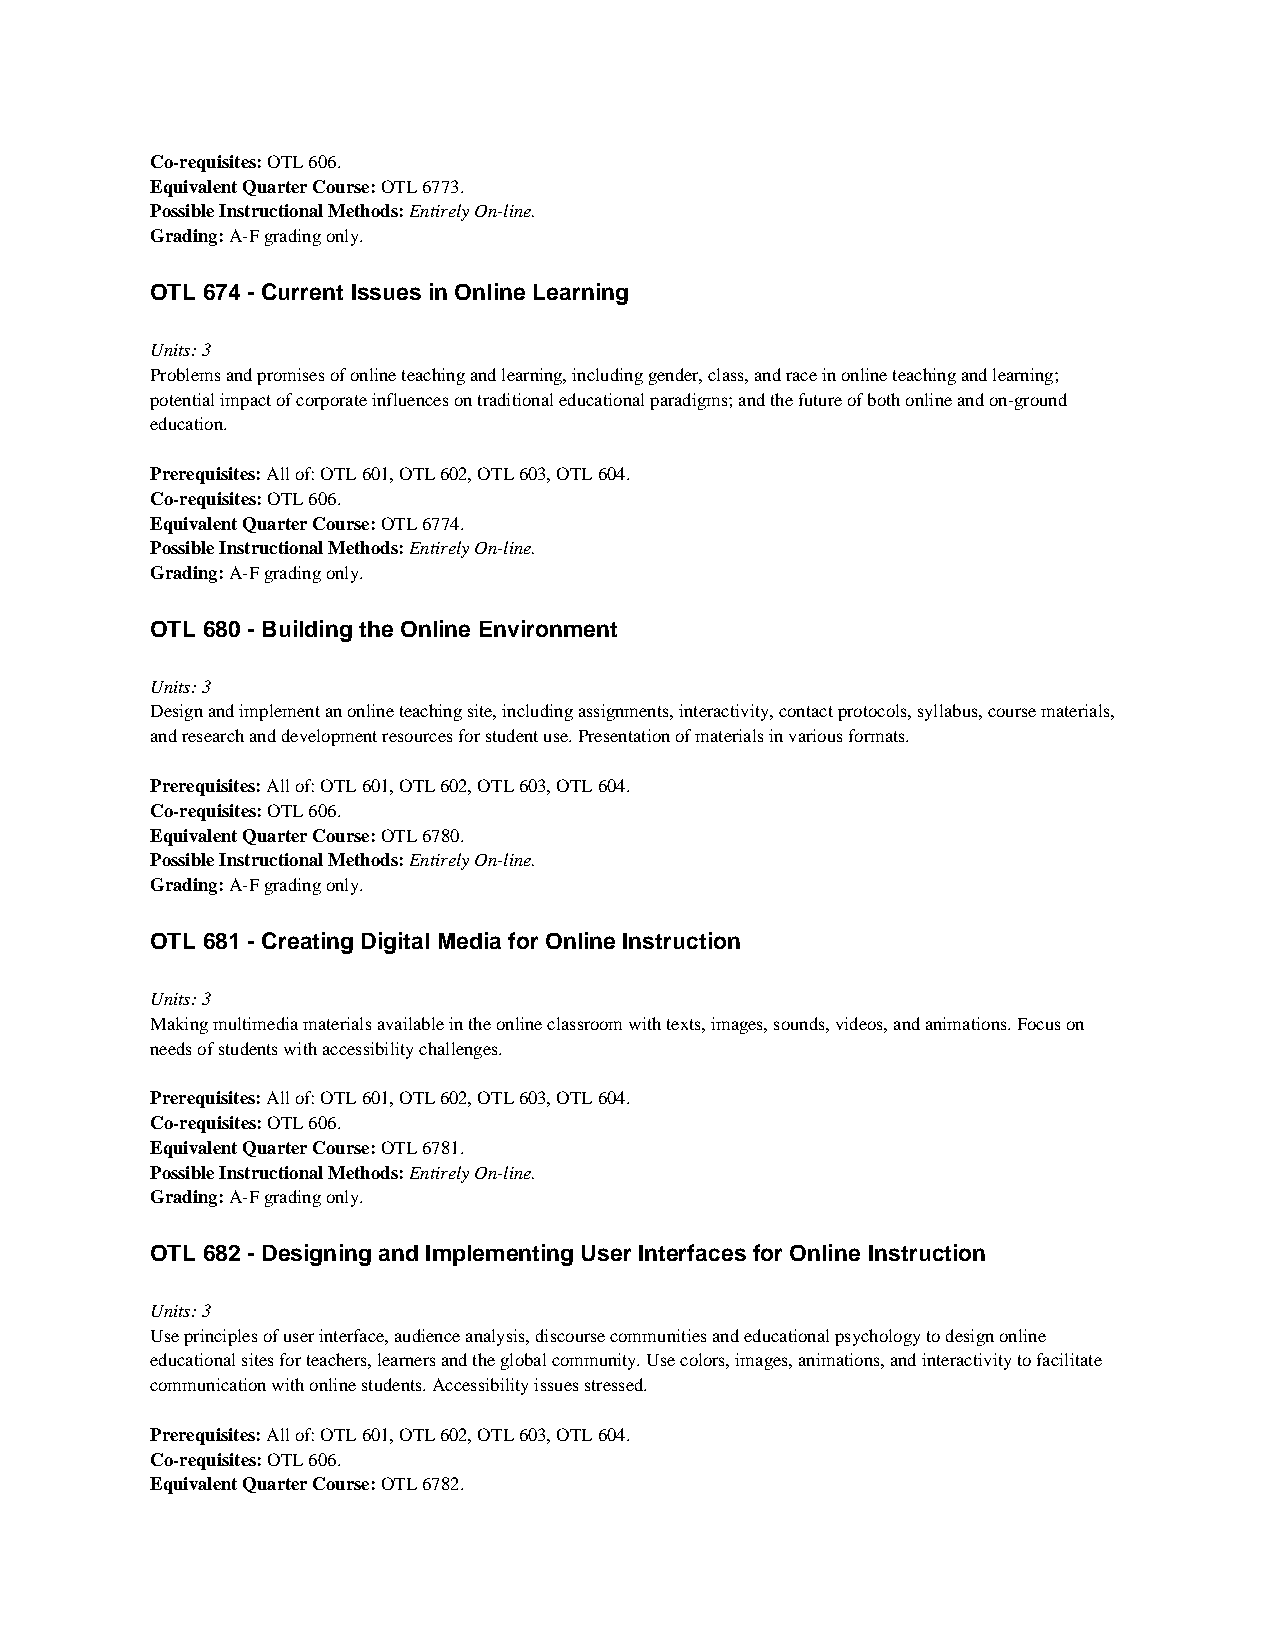
Co-requisites: OTL 606.
 Equivalent Quarter Course: OTL 6773.
 Possible Instructional Methods: Entirely On-line.
 Grading: A-F grading only.
 OTL 674 - Current Issues in Online Learning
 Units: 3
 Problems and promises of online teaching and learning, including gender, class, and race in online teaching and learning;
 potential impact of corporate influences on traditional educational paradigms; and the future of both online and on-ground
 education.
 Prerequisites: All of: OTL 601, OTL 602, OTL 603, OTL 604.
 Co-requisites: OTL 606.
 Equivalent Quarter Course: OTL 6774.
 Possible Instructional Methods: Entirely On-line.
 Grading: A-F grading only.
 OTL 680 - Building the Online Environment
 Units: 3
 Design and implement an online teaching site, including assignments, interactivity, contact protocols, syllabus, course materials,
 and research and development resources for student use. Presentation of materials in various formats.
 Prerequisites: All of: OTL 601, OTL 602, OTL 603, OTL 604.
 Co-requisites: OTL 606.
 Equivalent Quarter Course: OTL 6780.
 Possible Instructional Methods: Entirely On-line.
 Grading: A-F grading only.
 OTL 681 - Creating Digital Media for Online Instruction
 Units: 3
 Making multimedia materials available in the online classroom with texts, images, sounds, videos, and animations. Focus on
 needs of students with accessibility challenges.
 Prerequisites: All of: OTL 601, OTL 602, OTL 603, OTL 604.
 Co-requisites: OTL 606.
 Equivalent Quarter Course: OTL 6781.
 Possible Instructional Methods: Entirely On-line.
 Grading: A-F grading only.
 OTL 682 - Designing and Implementing User Interfaces for Online Instruction
 Units: 3
 Use principles of user interface, audience analysis, discourse communities and educational psychology to design online
 educational sites for teachers, learners and the global community. Use colors, images, animations, and interactivity to facilitate
 communication with online students. Accessibility issues stressed.
 Prerequisites: All of: OTL 601, OTL 602, OTL 603, OTL 604.
 Co-requisites: OTL 606.
 Equivalent Quarter Course: OTL 6782.